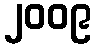
၂၀၀၉